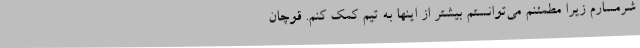
شرمسارم زیرا مطمئنم می‌توانستم بیشتر از اینها به تیم کمک کنم. قوچان